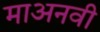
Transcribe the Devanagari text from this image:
माअनवी